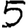
Digit: 5